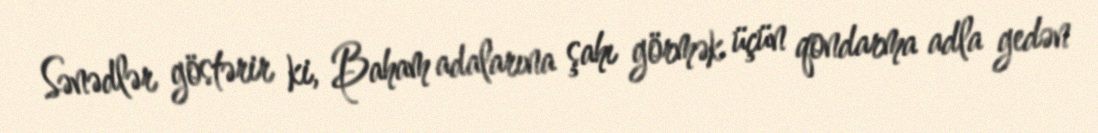
Sənədlər göstərir ki, Baham adalarına şahı görmək üçün qondarma adla gedən